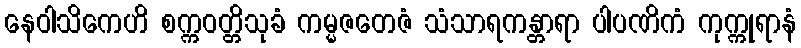
နေဝါသိကေဟိ စက္ကဝတ္တိသုခံ ကမ္မဇတေဇံ သံသာရကန္တာရာ ပါပဏိကံ ကုက္ကုရာနံ